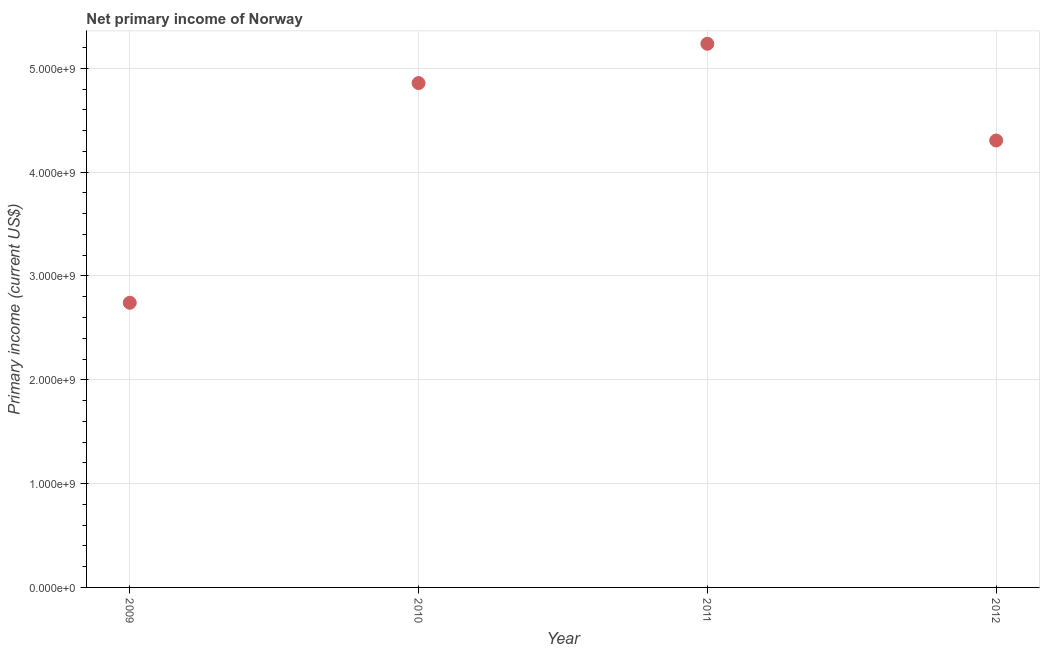
| Year | Net primary income |
 | --- | --- |
 | 2009 | 2.74e+09 |
 | 2010 | 4.86e+09 |
 | 2011 | 5.24e+09 |
 | 2012 | 4.31e+09 |